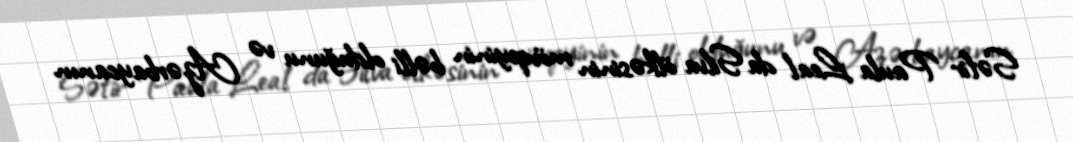
Səfir Paula Leal da Silva ölkəsinin mövqeyinin bəlli olduğunu və Azərbaycanın